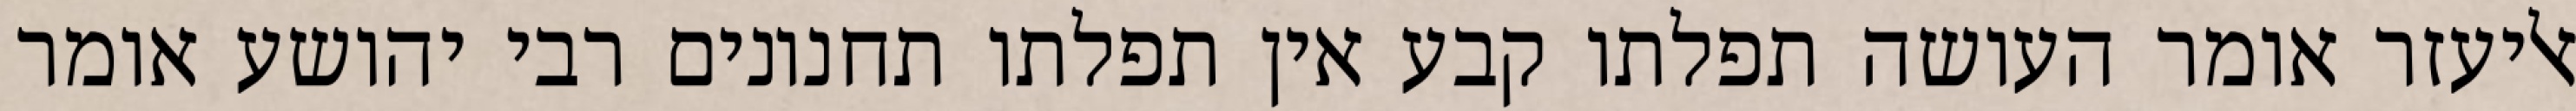
אליעזר אומר העושה תפלתו קבע אין תפלתו תחנונים רבי יהושע אומר